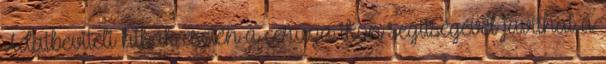
Adatbeviteli hibák esetén a ceruza ikon segítségével javíthat a